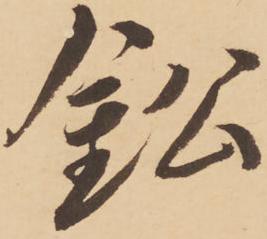
鈆